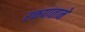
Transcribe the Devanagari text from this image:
रक्तपाताने